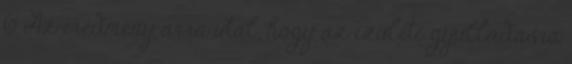
6 Az eredmény arra utal, hogy az ízületi gyulladásra